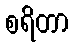
စရိတာ